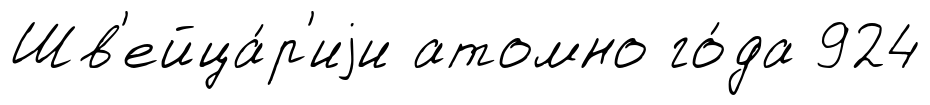
Шв'ейца́р'иjи атомно го́да 924